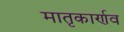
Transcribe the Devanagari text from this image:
मातृकार्णव